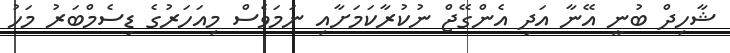
ޝާހިދް ބުނީ އޭނާ އަދި އެންގޭޖް ނުކުރާކަމަށާއި ނަމަވެސް މިއަހަރުގެ ޑިސެމްބަރު މަހު